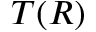
T ( R )